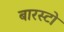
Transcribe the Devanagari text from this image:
बारस्टो